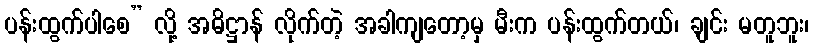
ပန်းထွက်ပါစေ” လို့ အဓိဋ္ဌာန် လိုက်တဲ့ အခါကျတော့မှ မီးက ပန်းထွက်တယ်၊ ချင်း မတူဘူး၊